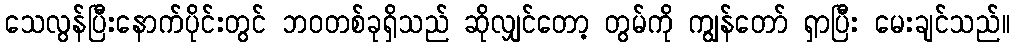
သေလွန်ပြီးနောက်ပိုင်းတွင် ဘဝတစ်ခုရှိသည် ဆိုလျှင်တော့ တွမ်ကို ကျွန်တော် ရှာပြီး မေးချင်သည်။